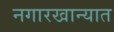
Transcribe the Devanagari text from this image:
नगारखान्यात